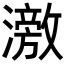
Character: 𬉘